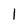
Character: 1